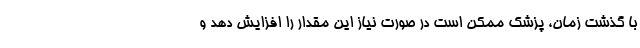
با گذشت زمان، پزشک ممکن است در صورت نیاز این مقدار را افزایش دهد و